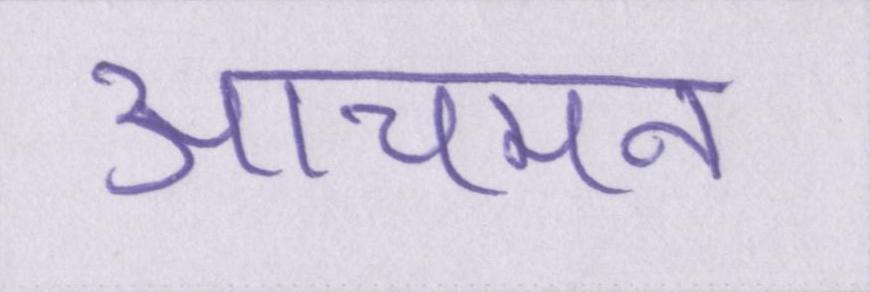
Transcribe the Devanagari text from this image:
आचमन